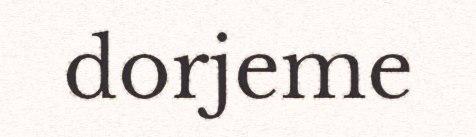
dorjeme